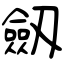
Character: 劔